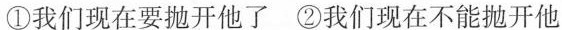
①我们现在要抛开他了②我们现在不能抛开他